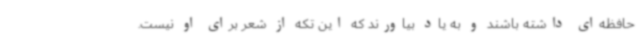
حافظه‌ای داشته باشند و به یاد بیاورند که این تکه از شعر برای او نیست.